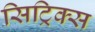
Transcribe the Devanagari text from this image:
सिट्रिक्स